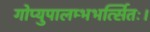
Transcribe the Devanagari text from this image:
गोप्युपालम्भभर्त्सितः।